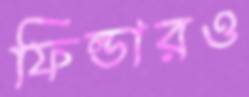
ফিল্ডারও